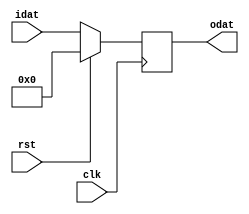
// Description     : variable size flip flop
//////////////////////////////////////////////////////////////////////////////////
(* keep_hierarchy = "yes" *) module fflopsx
    (
     clk,
     rst,
     idat,
     odat
     );

parameter WIDTH = 8;
parameter RESET_VALUE = {WIDTH{1'b0}};

input   clk, rst;

input  [WIDTH-1:0] idat;

output [WIDTH-1:0] odat;
reg    [WIDTH-1:0] odat = RESET_VALUE;

//always @ (posedge clk or negedge rst_)
always @ (posedge clk)
    begin
    if(rst) odat <= RESET_VALUE;
    else odat <= idat;
    end

endmodule